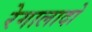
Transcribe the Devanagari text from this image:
रेगालादो